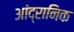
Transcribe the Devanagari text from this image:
आंद्रानिक